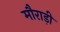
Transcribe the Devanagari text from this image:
मौराड़ी